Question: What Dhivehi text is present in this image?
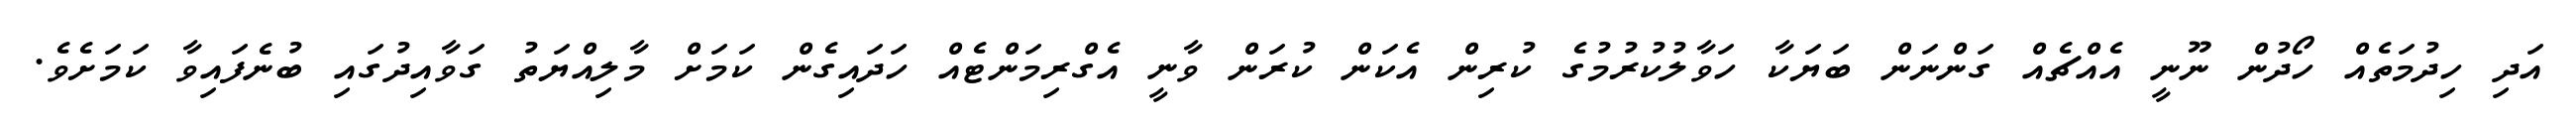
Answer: އަދި ހިދުމަތެއް ހޯދުން ނޫނީ އެއްޗެއް ގަންނަން ބަޔަކާ ހަވާލުކުރުމުގެ ކުރިން އެކަން ކުރަން ވާނީ އެގްރިމަންޓެއް ހަދައިގެން ކަމަށް މާލިއްޔަތު ގަވާއިދުގައި ބުނެފައިވާ ކަމަށެވެ.